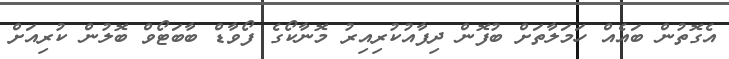
އެގޮތުން ބައެއް ހަމަލާތަށް ބުފޮން ދިފާއުކުރިއިރު މޮނާކޯގެ ފޯވާޑް ބާބަޓޯވް ބޮލުން ކުރިއަށް